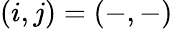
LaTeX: \left(i,j\right)=\left(-,-\right)